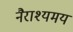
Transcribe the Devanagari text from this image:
नैराश्यमय